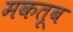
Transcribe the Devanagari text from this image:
मकतूब